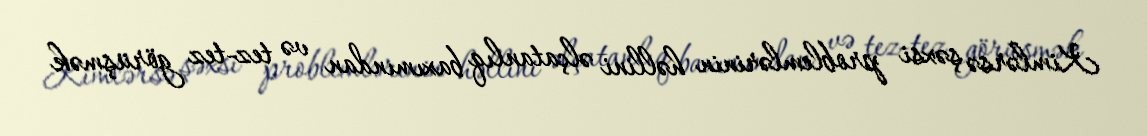
Kimlərsə şəxsi problemlərinin həllini əlçatanlıq baxımından və tez-tez görüşmək